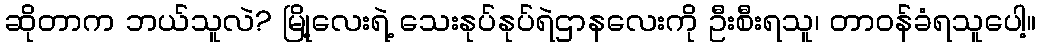
ဆိုတာက ဘယ်သူလဲ? မြို့လေးရဲ့ သေးနုပ်နုပ်ရဲဌာနလေးကို ဦးစီးရသူ၊ တာဝန်ခံရသူပေါ့။